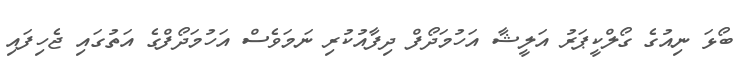
ބޯޅަ ނިއުގެ ގޯލްކީޕަރު އަލީޝާ އަހުމަދޯފް ދިފާއުކުރި ނަމަވެސް އަހުމަދޯފްގެ އަތުގައި ޖެހިފައި